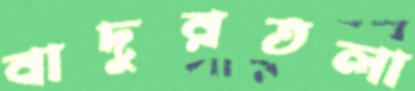
বাদুরতলা